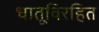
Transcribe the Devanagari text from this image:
धातूविरहित